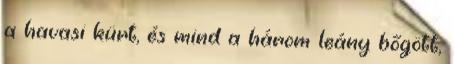
a havasi kürt, és mind a három leány bőgött,